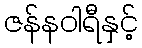
ဇန်နဝါရီနှင့်